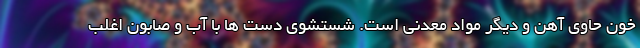
خون حاوی آهن و دیگر مواد معدنی است. شستشوی دست ها با آب و صابون اغلب